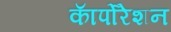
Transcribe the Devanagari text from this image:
काॅर्पोरेशन